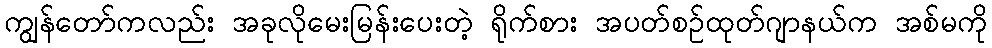
ကျွန်တော်ကလည်း အခုလိုမေးမြန်းပေးတဲ့ ရိုက်စား အပတ်စဉ်ထုတ်ဂျာနယ်က အစ်မကို